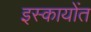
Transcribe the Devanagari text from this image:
इस्कायोंत